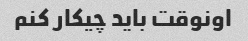
اونوقت باید چیکار کنم